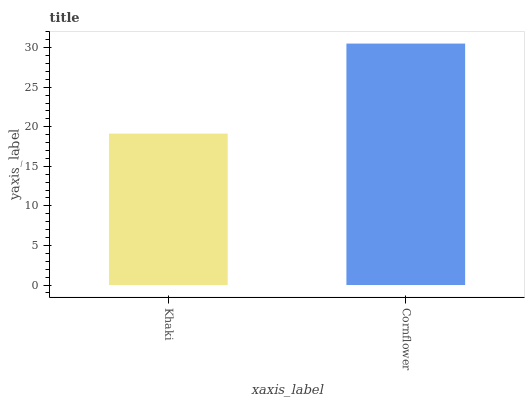
| xaxis_label | bars |
 | --- | --- |
 | Khaki | 19.1 |
 | Cornflower | 30.5 |